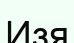
Изя